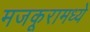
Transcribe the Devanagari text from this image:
मजकूरामध्ये